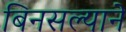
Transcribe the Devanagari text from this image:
बिनसल्याने